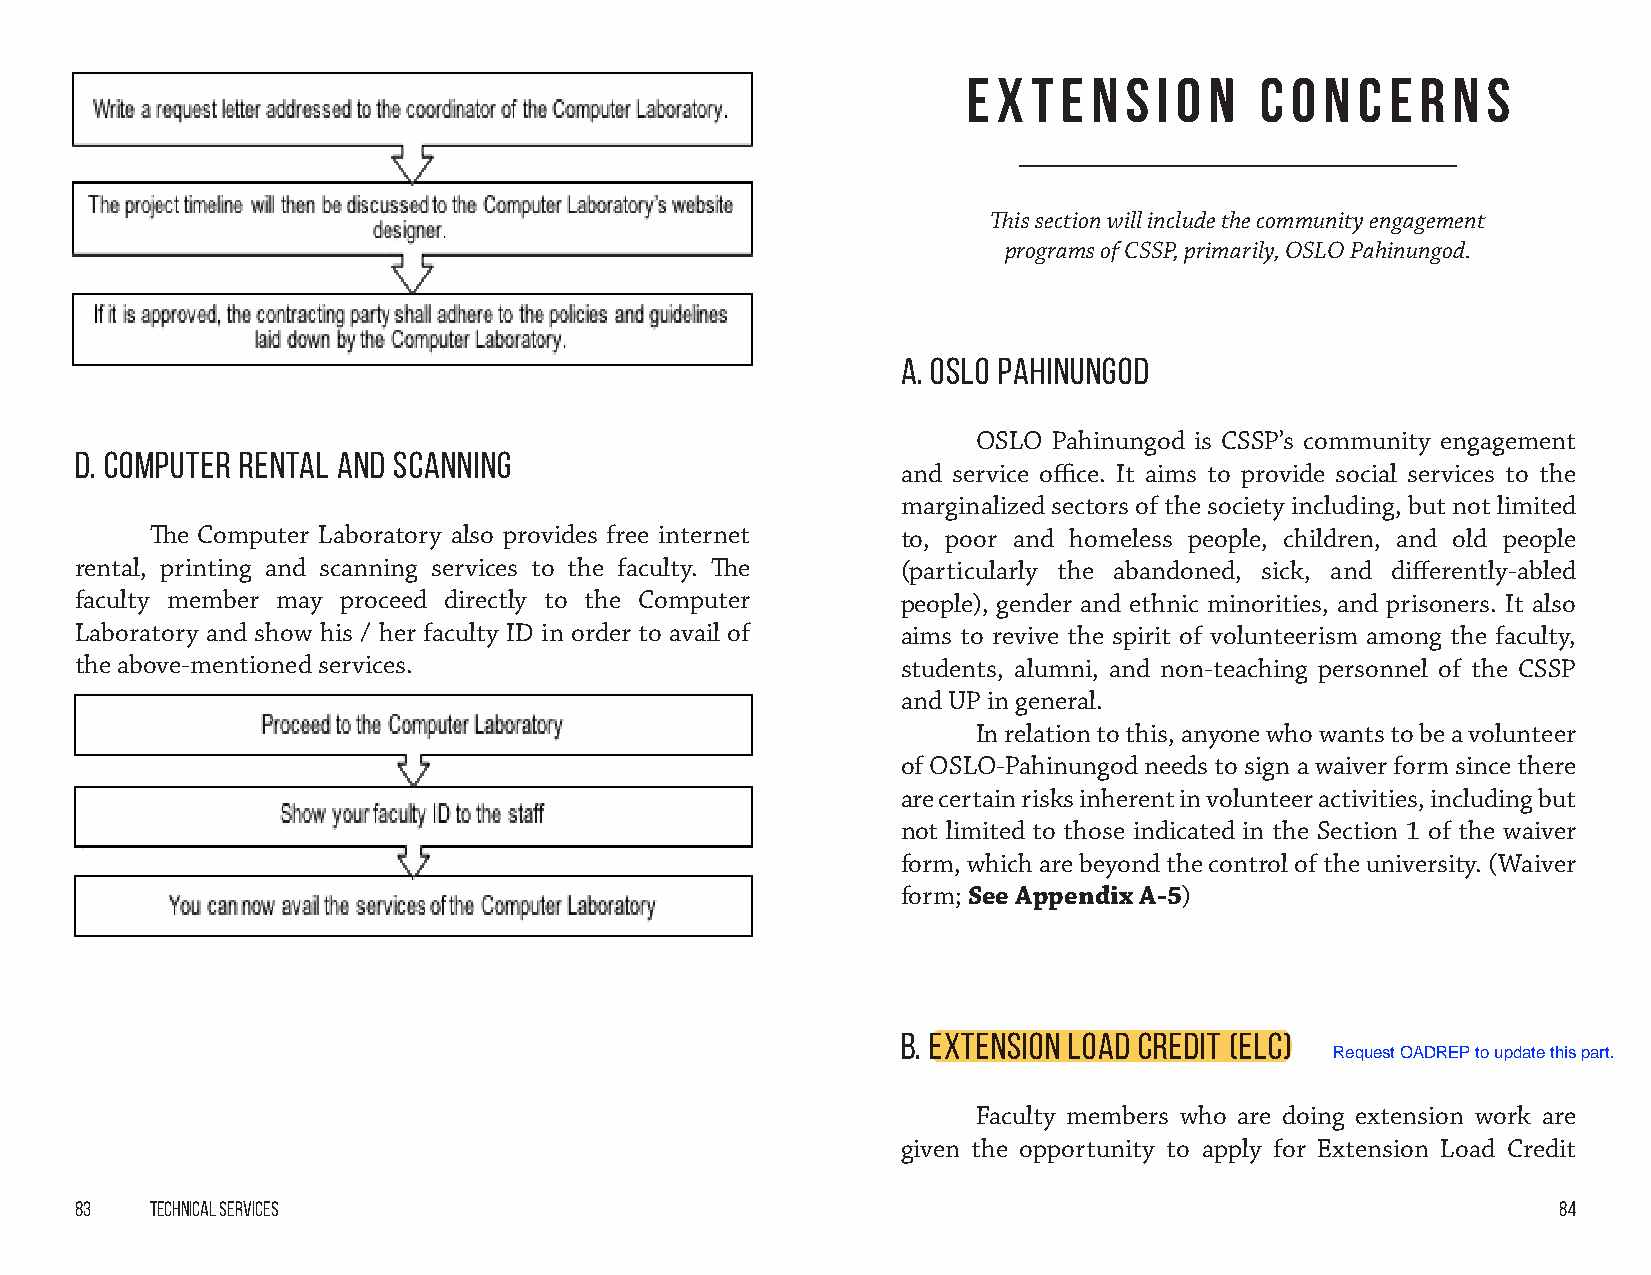
E x t e n s  i o n C o  n c e r n s
 This section will include the community engagement
 programs of CSSP, primarily, OSLO Pahinungod.
 A. OSLO Pahinungod
 OSLO Pahinungod is CSSP’s community engagement
 D. Computer Rental and Scanning
 and service office. It aims to provide social services to the
 marginalized sectors of the society including, but not limited
 The Computer Laboratory also provides free internet to, poor and homeless people, children, and old people
 rental, printing and scanning services to the faculty. The (particularly the abandoned, sick, and differently-abled
 faculty member may proceed directly to the Computer    people), gender and ethnic minorities, and prisoners. It also
 Laboratory and show his / her faculty ID in order to avail of aims to revive the spirit of volunteerism among the faculty,
 the above-mentioned services.                          students, alumni, and non-teaching personnel of the CSSP
 and UP in general.
 In relation to this, anyone who wants to be a volunteer
 of OSLO-Pahinungod needs to sign a waiver form since there
 are certain risks inherent in volunteer activities, including but
 not limited to those indicated in the Section 1 of the waiver
 form, which are beyond the control of the university. (Waiver
 form; See Appendix A-5)
 B. Extension load credit (ELC)
 Faculty members who are doing extension work are
 given the opportunity to apply for Extension Load Credit
 83   Technical Services                                                                           84